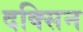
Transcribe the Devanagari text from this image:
दक्सिन